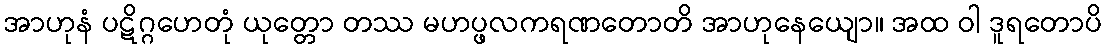
အာဟုနံ ပဋိဂ္ဂဟေတုံ ယုတ္တော တဿ မဟပ္ဖလကရဏတောတိ အာဟုနေယျော။ အထ ဝါ ဒူရတောပိ